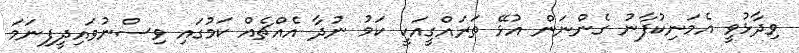
ވިދާޅުވީ އެމަނިކުފާނު ގެންނަން އުޅޭ ތަރައްގީއަކީ ކަމު ނުދާ އެއްޗެއް ކަމުގައި ވިސްނުވައިދީފިނަމަ